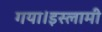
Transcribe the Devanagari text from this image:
गया।इस्लामी